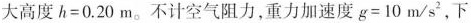
大高度h=0.20m。不计空气阻力，重力加速度g=10m/s^{2}，下